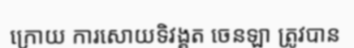
ក្រោយ ការសោយទិវង្គត ចេនឡា ត្រូវបាន